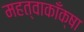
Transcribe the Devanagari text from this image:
महत्वाकाँक्षा